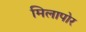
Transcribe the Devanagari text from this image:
मिलापोर